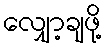
လျှော့ချဖို့